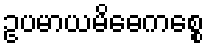
ဥပမာယမိဓေကစ္စေ